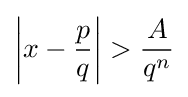
\left|x-{\frac {p}{q}}\right|>{\frac {A}{q^{n}}}